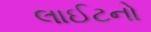
લાઈટનો